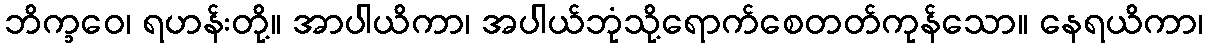
ဘိက္ခဝေ၊ ရဟန်းတို့။ အာပါယိကာ၊ အပါယ်ဘုံသို့ရောက်စေတတ်ကုန်သော။ နေရယိကာ၊